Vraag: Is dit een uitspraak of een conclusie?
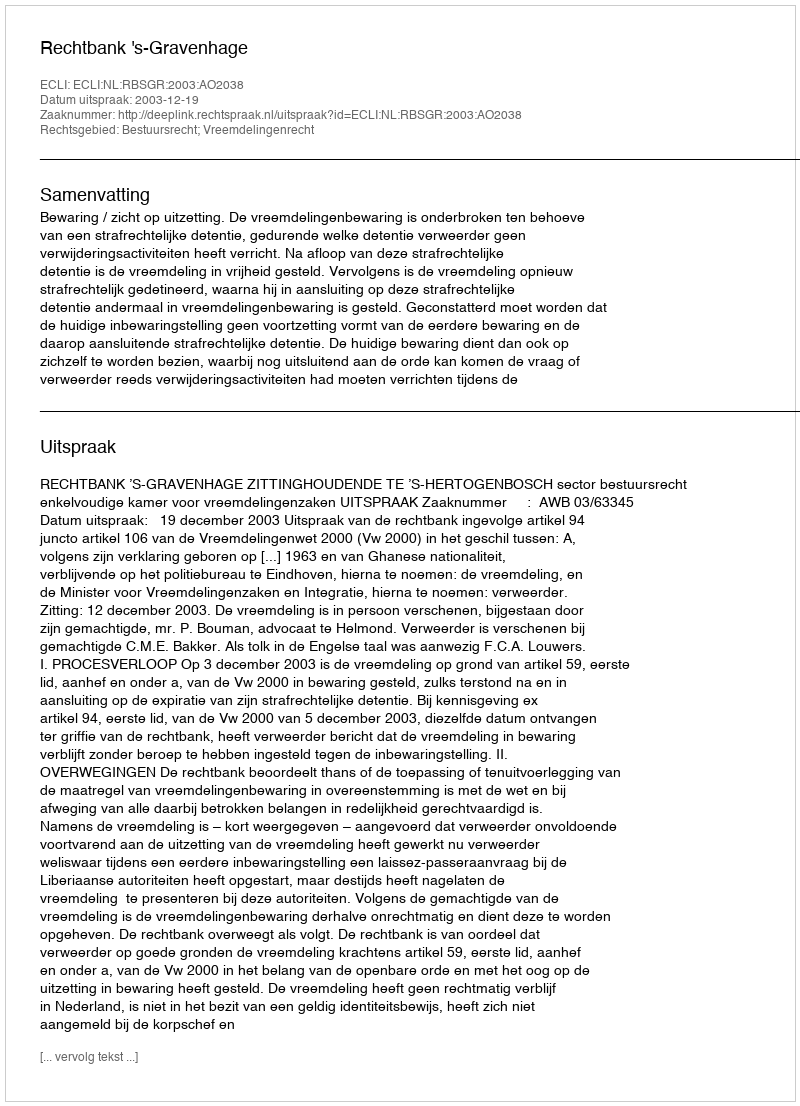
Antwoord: Uitspraak